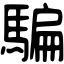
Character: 騙